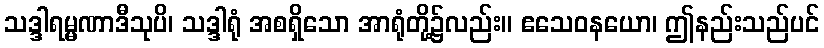
သဒ္ဒါရမ္မဏာဒီသုပိ၊ သဒ္ဒါရုံ အစရှိသော အာရုံတို့၌လည်း။ ဧသေဝနယော၊ ဤနည်းသည်ပင်